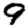
Digit: 9